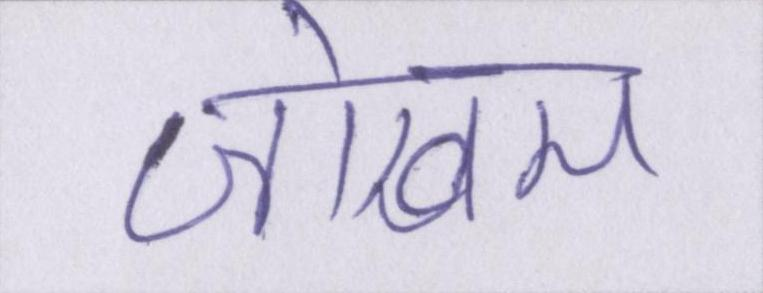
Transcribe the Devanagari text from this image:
जोखम